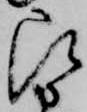
被